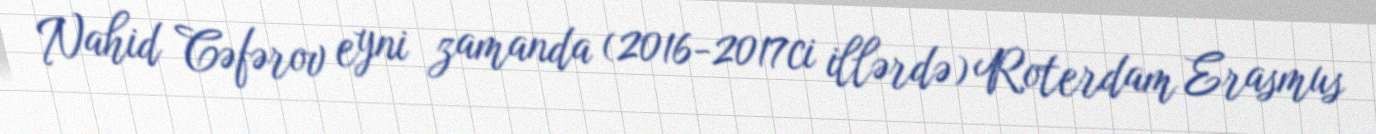
Nahid Cəfərov eyni zamanda (2016-2017ci illərdə) Roterdam Erasmus